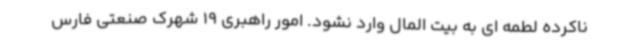
ناکرده لطمه ای به بیت المال وارد نشود. امور راهبری 19 شهرک صنعتی فارس